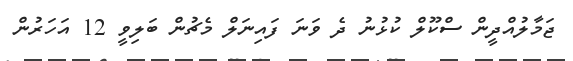
ޖަމާލުއްދީން ސްކޫލް ކުޅުނު ދެ ވަނަ ފައިނަލް މެޗުން ބަލިވީ 12 އަހަރުން